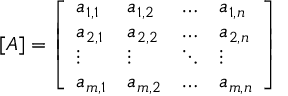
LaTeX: [ A ] = { \left[ \begin{array} { l l l l } { a _ { 1 , 1 } } & { a _ { 1 , 2 } } & { \ldots } & { a _ { 1 , n } } \\ { a _ { 2 , 1 } } & { a _ { 2 , 2 } } & { \ldots } & { a _ { 2 , n } } \\ { \vdots } & { \vdots } & { \ddots } & { \vdots } \\ { a _ { m , 1 } } & { a _ { m , 2 } } & { \ldots } & { a _ { m , n } } \end{array} \right] }